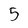
Character: 5